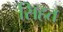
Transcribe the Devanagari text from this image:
सिहत